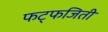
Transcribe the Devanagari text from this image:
फट्फजिती